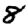
Digit: 8